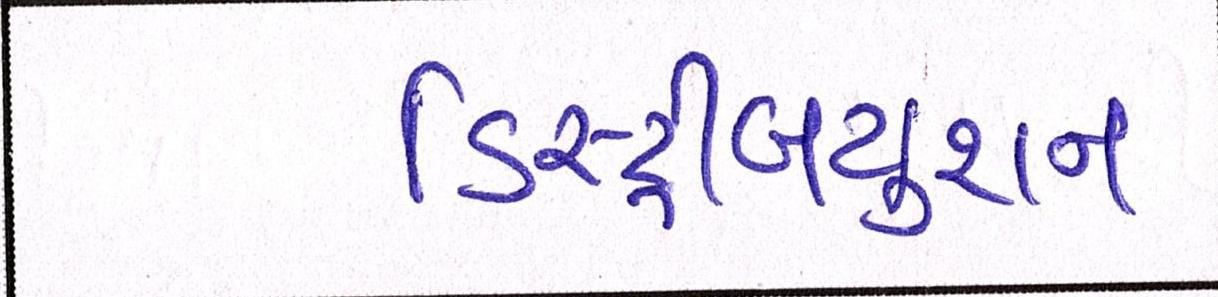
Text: ડિસ્ટ્રીબયુશન